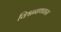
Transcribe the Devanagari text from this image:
विश्वनाथवास